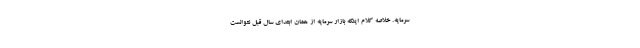
سرمایه. خلاصه کلام اینکه بازار سرمایه از همان ابتدای سال قبل نتوانست